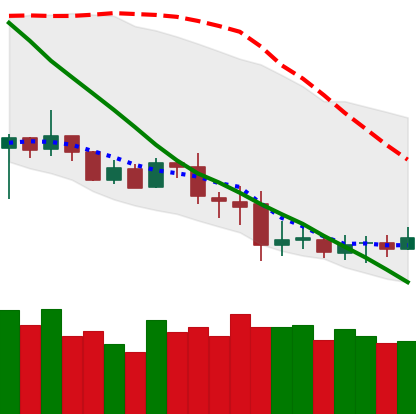
Ticker: XRP-USD
Chart end date: 2020-07-04
Forward return: 14.005%
Label: up_7plus